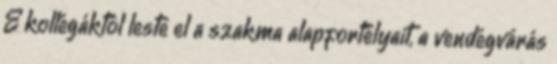
E kollégáktól leste el a szakma alapfortélyait, a vendégvárás